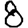
Digit: 8